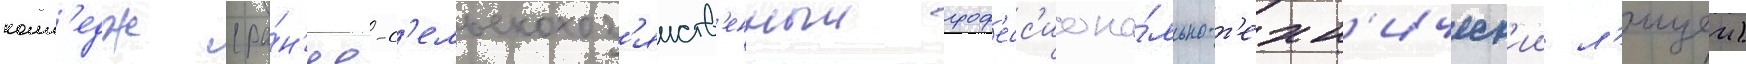
колл'едж (ра́н'ее-с'ельскохоз'яиств'енныи проф'есс'иона́льно-т'ехн'ическ'ии л'ицеи)